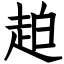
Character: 䞟